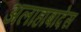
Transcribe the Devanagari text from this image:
अलाहाबादेस